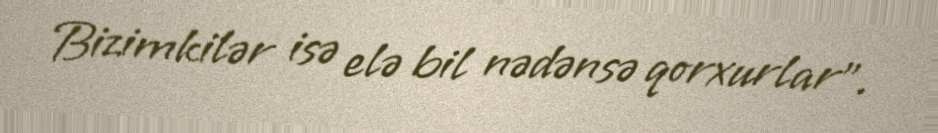
Bizimkilər isə elə bil nədənsə qorxurlar”.